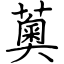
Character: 薁